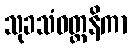
သုခသံဝတ္တနိကာ